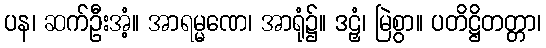
ပန၊ ဆက်ဦးအံ့။ အာရမ္မဏေ၊ အာရုံ၌။ ဒဠှံ၊ မြဲစွာ။ ပတိဋ္ဌိတတ္တာ၊